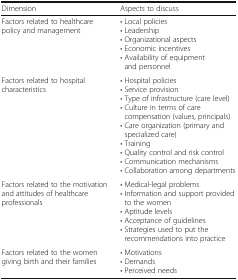
<table><thead><tr><td><b>Dimension</b></td><td><b>Aspects to discuss</b></td></tr></thead><tbody><tr><td>Factors related to healthcare policy and management</td><td>• Local policies• Leadership• Organizational aspects• Economic incentives• Availability of equipment and personnel</td></tr><tr><td>Factors related to hospital characteristics</td><td>• Hospital policies• Service provision• Type of infrastructure (care level)• Culture in terms of care compensation (values, principals)• Care organization (primary and specialized care)• Training• Quality control and risk control• Communication mechanisms• Collaboration among departments</td></tr><tr><td>Factors related to the motivation and attitudes of healthcare professionals</td><td>• Medical-legal problems• Information and support provided to the women• Aptitude levels• Acceptance of guidelines• Strategies used to put the recommendations into practice</td></tr><tr><td>Factors related to the women giving birth and their families</td><td>• Motivations• Demands• Perceived needs</td></tr></tbody></table>